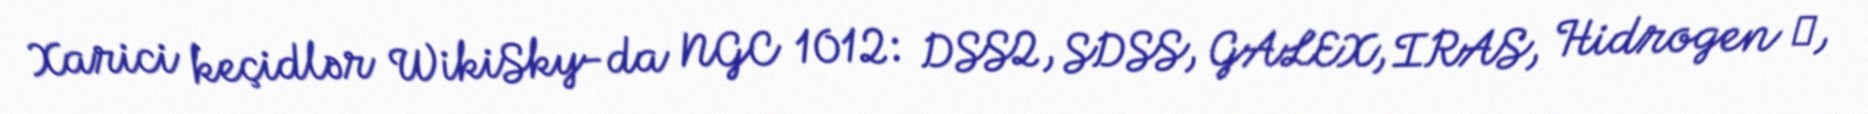
Xarici keçidlər WikiSky-da NGC 1012: DSS2, SDSS, GALEX, IRAS, Hidrogen α,